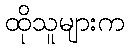
ထိုသူများက